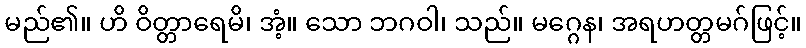
မည်၏။ ဟိ ဝိတ္တာရေမိ၊ အံ့။ သော ဘဂဝါ၊ သည်။ မဂ္ဂေန၊ အရဟတ္တမဂ်ဖြင့်။